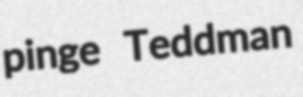
pinge Teddman